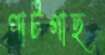
পাটগাছ